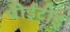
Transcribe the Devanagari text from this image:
पीईटीई